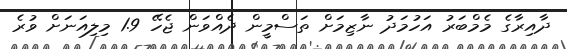
ދާއިރާގެ މެމްބަރު އަހުމަދު ނާޒިމަށް ތަސްމީން ދެއްވަން ޖެހޭ 1.9 މިލިއަނަށް ވުރެ